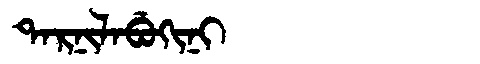
Manchu: ᡨᠠᡵᠨᡳᠯᠠᠪᡠᡴᡳᠨᡳ
Romanization: TARNILABUKINI